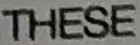
THESE